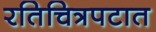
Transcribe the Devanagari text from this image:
रतिचित्रपटात